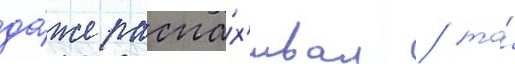
да́же распа́х'ивал / то́